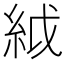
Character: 䋐